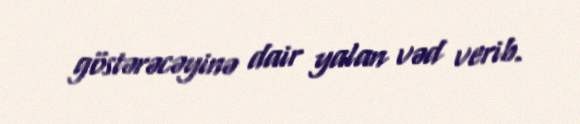
göstərəcəyinə dair yalan vəd verib.